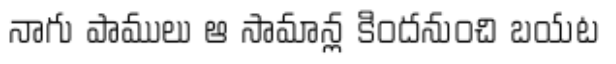
నాగు పాములు ఆ సామాన్ల కిందనుంచి బయట